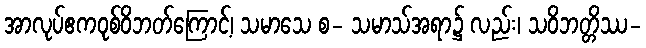
အာလုပ်ဧကဝုစ်ဝိဘတ်ကြောင့်၊ သမာသေ စ- သမာသ်အရာ၌ လည်း၊ သဝိဘတ္တိဿ-